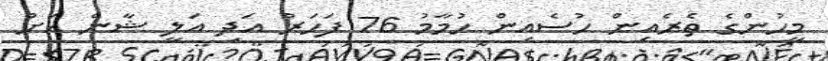
މީހުންގެ ތެރެއިން ހުސެއިން ހުމާމު 76 ފަހަރު އަދި އަލީ ޝާން އަށް